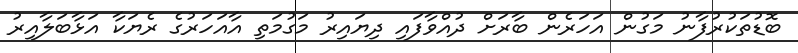
ބޮޑުތަކުރުފާނު މަގުން އަހަރެން ބާރަށް ދުއްވާފައި ދިޔައިރު މަގުމަތި އާއަހަރުގެ ރެޔަކާ އަޅާބަލާއިރު